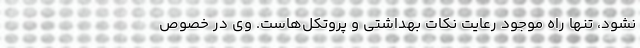
نشود، تنها راه موجود رعایت نکات بهداشتی و پروتکل‌هاست. وی در خصوص